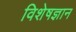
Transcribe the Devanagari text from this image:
विशेषज्ञान